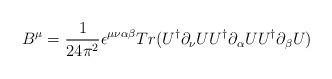
LaTeX: \begin{align*}B^\mu =\frac{1}{24\pi^2} \epsilon^{\mu \nu \alpha \beta} Tr (U^\dagger\partial_\nu U U^\dagger \partial_\alpha U U^\dagger \partial_\beta U )\end{align*}